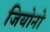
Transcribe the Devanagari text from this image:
जियोनो